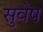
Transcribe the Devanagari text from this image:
सुवेष